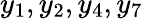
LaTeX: y_{1},y_{2},y_{4},y_{7}